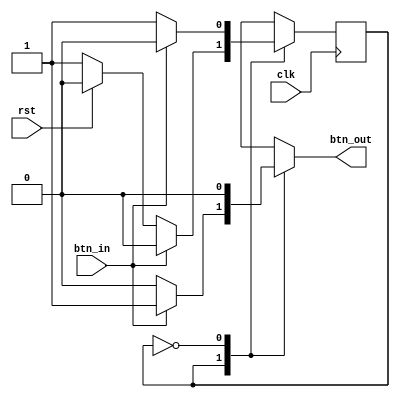
/*
   This file was generated automatically by the Mojo IDE version B1.3.6.
   Do not edit this file directly. Instead edit the original Lucid source.
   This is a temporary file and any changes made to it will be destroyed.
*/

module btnDebouncer_35 (
    input rst,
    input clk,
    input btn_in,
    output reg btn_out
  );
  
  
  
  localparam OFF_bd = 1'd0;
  localparam ON_bd = 1'd1;
  
  reg M_bd_d, M_bd_q = OFF_bd;
  
  always @* begin
    M_bd_d = M_bd_q;
    
    if (rst) begin
      M_bd_d = OFF_bd;
    end
    btn_out = 1'h0;
    
    case (M_bd_q)
      ON_bd: begin
        if (btn_in == 1'h1) begin
          btn_out = 1'h1;
          M_bd_d = OFF_bd;
        end else begin
          btn_out = 1'h0;
        end
      end
      OFF_bd: begin
        if (btn_in == 1'h1) begin
          M_bd_d = OFF_bd;
          btn_out = 1'h0;
        end else begin
          M_bd_d = ON_bd;
        end
      end
    endcase
  end
  
  always @(posedge clk) begin
    M_bd_q <= M_bd_d;
  end
  
endmodule